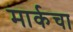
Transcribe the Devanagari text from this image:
मार्कचा